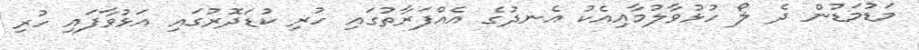
މަޑުމަޑުން ދެ ލޯ ހުޅުވާލުމާއިއެކު އެނދުގެ އެއްފަރާތުގައި ހުރި ކުޑަދޮރުގައި އަޅުވާފައި ހުރި